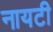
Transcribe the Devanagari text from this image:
नायटी